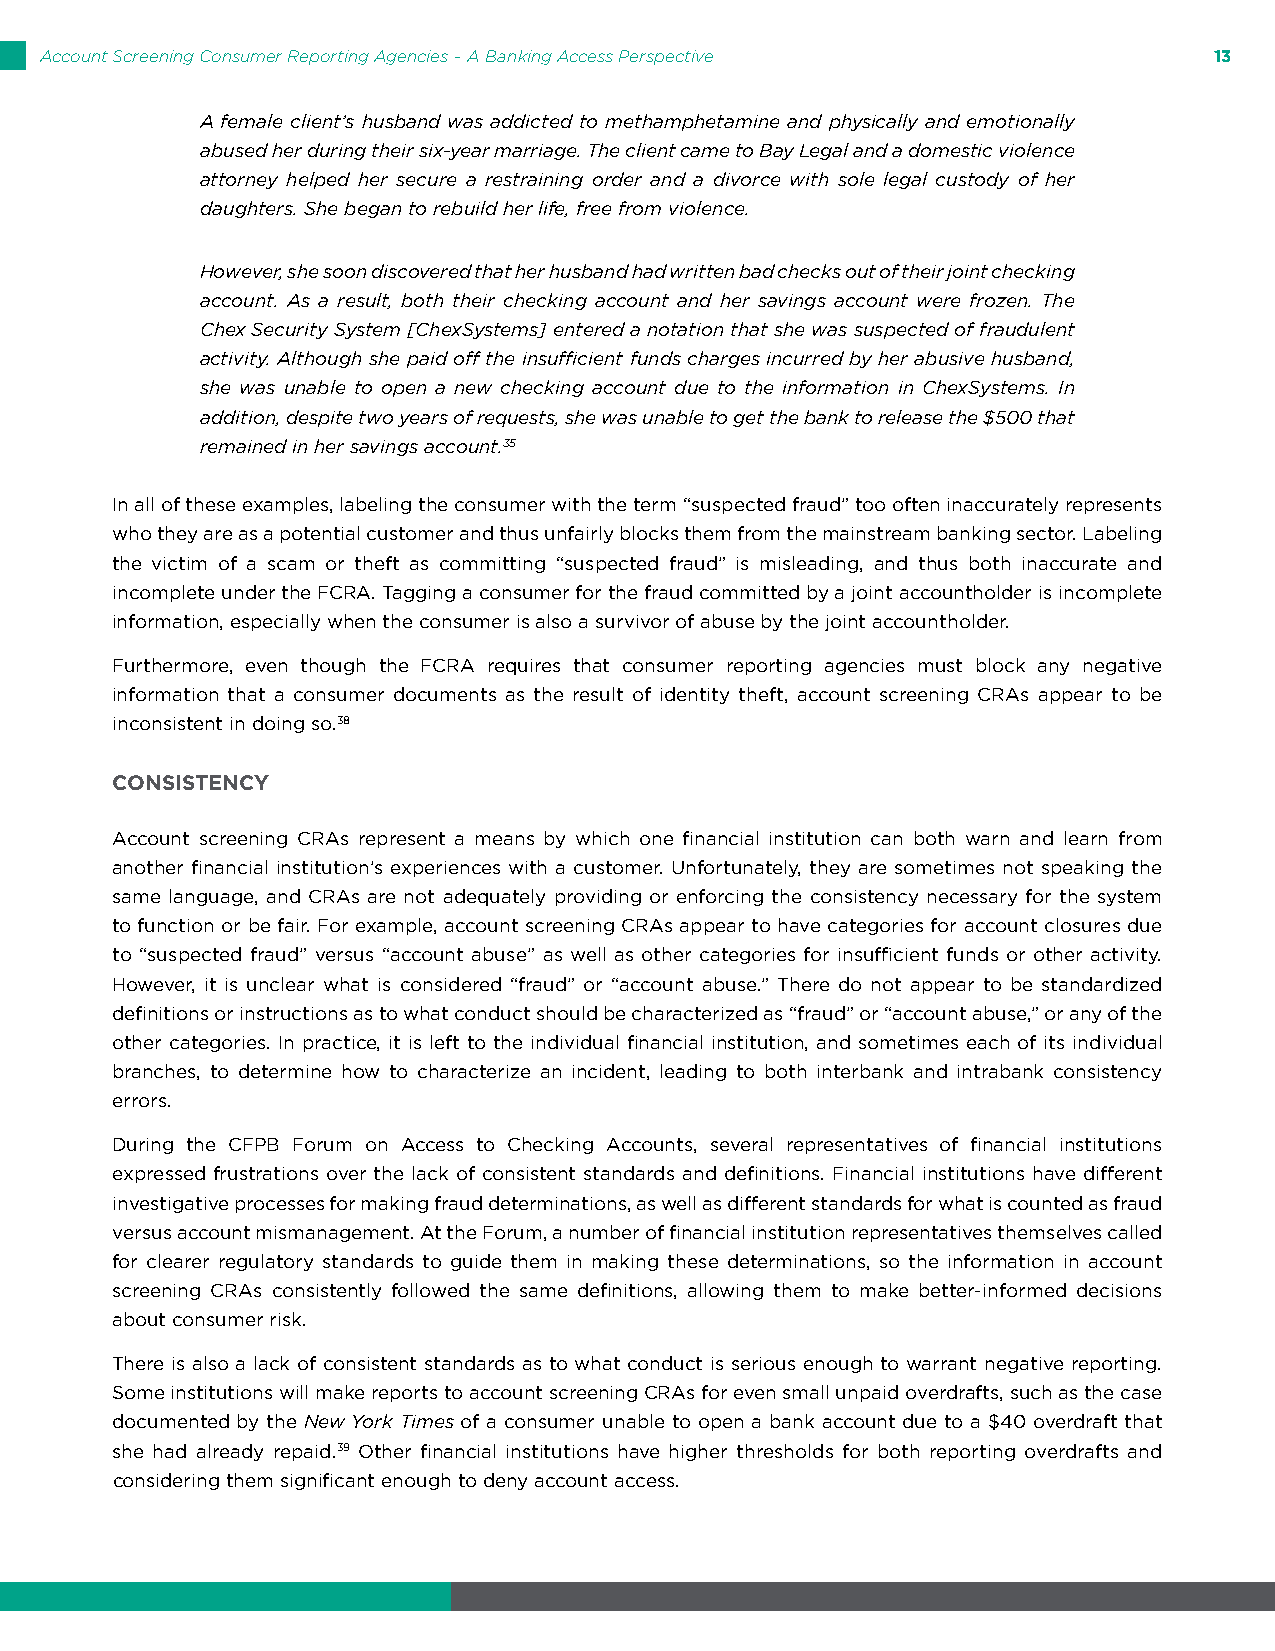
Account Screening Consumer Reporting Agencies – A Banking Access Perspective 13
 A female client’s husband was addicted to methamphetamine and physically and emotionally
 abused her during their six-year marriage. The client came to Bay Legal and a domestic violence
 attorney helped her secure a restraining order and a divorce with sole legal custody of her
 daughters. She began to rebuild her life, free from violence.
 However, she soon discovered that her husband had written bad checks out of their joint checking
 account. As a result, both their checking account and her savings account were frozen. The
 Chex Security System [ChexSystems] entered a notation that she was suspected of fraudulent
 activity. Although she paid off the insufficient funds charges incurred by her abusive husband,
 she was unable to open a new checking account due to the information in ChexSystems. In
 addition, despite two years of requests, she was unable to get the bank to release the $500 that
 remained in her savings account.35
 In all of these examples, labeling the consumer with the term “suspected fraud” too often inaccurately represents
 who they are as a potential customer and thus unfairly blocks them from the mainstream banking sector. Labeling
 the victim of a scam or theft as committing “suspected fraud” is misleading, and thus both inaccurate and
 incomplete under the FCRA. Tagging a consumer for the fraud committed by a joint accountholder is incomplete
 information, especially when the consumer is also a survivor of abuse by the joint accountholder.
 Furthermore, even though the FCRA requires that consumer reporting agencies must block any negative
 information that a consumer documents as the result of identity theft, account screening CRAs appear to be
 inconsistent in doing so.38
 CONSISTENCY
 Account screening CRAs represent a means by which one financial institution can both warn and learn from
 another financial institution’s experiences with a customer. Unfortunately, they are sometimes not speaking the
 same language, and CRAs are not adequately providing or enforcing the consistency necessary for the system
 to function or be fair. For example, account screening CRAs appear to have categories for account closures due
 to “suspected fraud” versus “account abuse” as well as other categories for insufficient funds or other activity.
 However, it is unclear what is considered “fraud” or “account abuse.” There do not appear to be standardized
 definitions or instructions as to what conduct should be characterized as “fraud” or “account abuse,” or any of the
 other categories. In practice, it is left to the individual financial institution, and sometimes each of its individual
 branches, to determine how to characterize an incident, leading to both interbank and intrabank consistency
 errors.
 During the CFPB Forum on Access to Checking Accounts, several representatives of financial institutions
 expressed frustrations over the lack of consistent standards and definitions. Financial institutions have different
 investigative processes for making fraud determinations, as well as different standards for what is counted as fraud
 versus account mismanagement. At the Forum, a number of financial institution representatives themselves called
 for clearer regulatory standards to guide them in making these determinations, so the information in account
 screening CRAs consistently followed the same definitions, allowing them to make better-informed decisions
 about consumer risk.
 There is also a lack of consistent standards as to what conduct is serious enough to warrant negative reporting.
 Some institutions will make reports to account screening CRAs for even small unpaid overdrafts, such as the case
 documented by the New York Times of a consumer unable to open a bank account due to a $40 overdraft that
 she had already repaid.39 Other financial institutions have higher thresholds for both reporting overdrafts and
 considering them significant enough to deny account access.